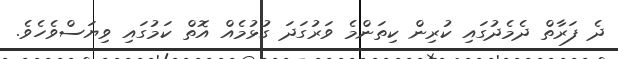
ދެ ފަރާތް ދެމެދުގައި ކުރިން ކިތަންމެ ވަރުގަދަ ގުޅުމެއް އޮތް ކަމުގައި ވިޔަސްވެހެވެ.